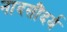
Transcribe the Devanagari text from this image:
नादसौंदर्य